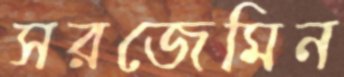
সরজেমিন